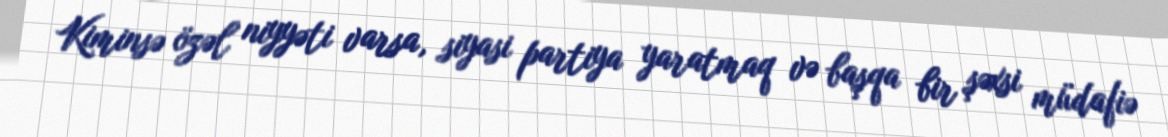
Kiminsə özəl niyyəti varsa, siyasi partiya yaratmaq və başqa bir şəxsi müdafiə